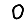
Digit: 0